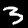
Label: 3